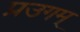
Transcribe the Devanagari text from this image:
प्रउगम्